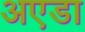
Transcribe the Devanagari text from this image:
अएडा